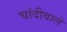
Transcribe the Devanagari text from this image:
चांदीवाले